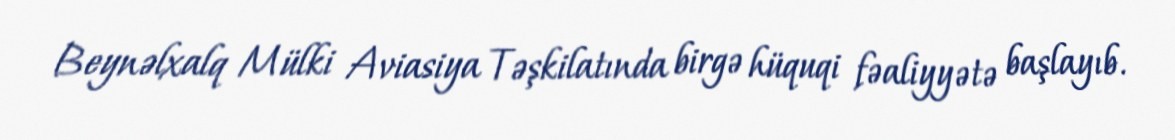
Beynəlxalq Mülki Aviasiya Təşkilatında birgə hüquqi fəaliyyətə başlayıb.